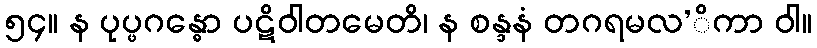
၅၄။ န ပုပ္ဖဂန္ဓော ပဋိဝါတမေတိ၊ န စန္ဒနံ တဂရမလ’ိကာ ဝါ။